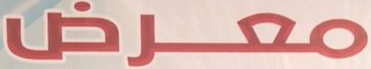
معرض